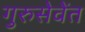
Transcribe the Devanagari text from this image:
गुरुसेवेंत